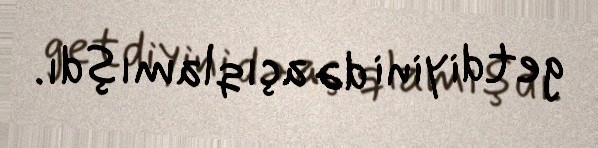
getdiyini də açıqlamışdı.